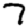
Digit: 7